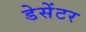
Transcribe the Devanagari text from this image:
डेसेंटर